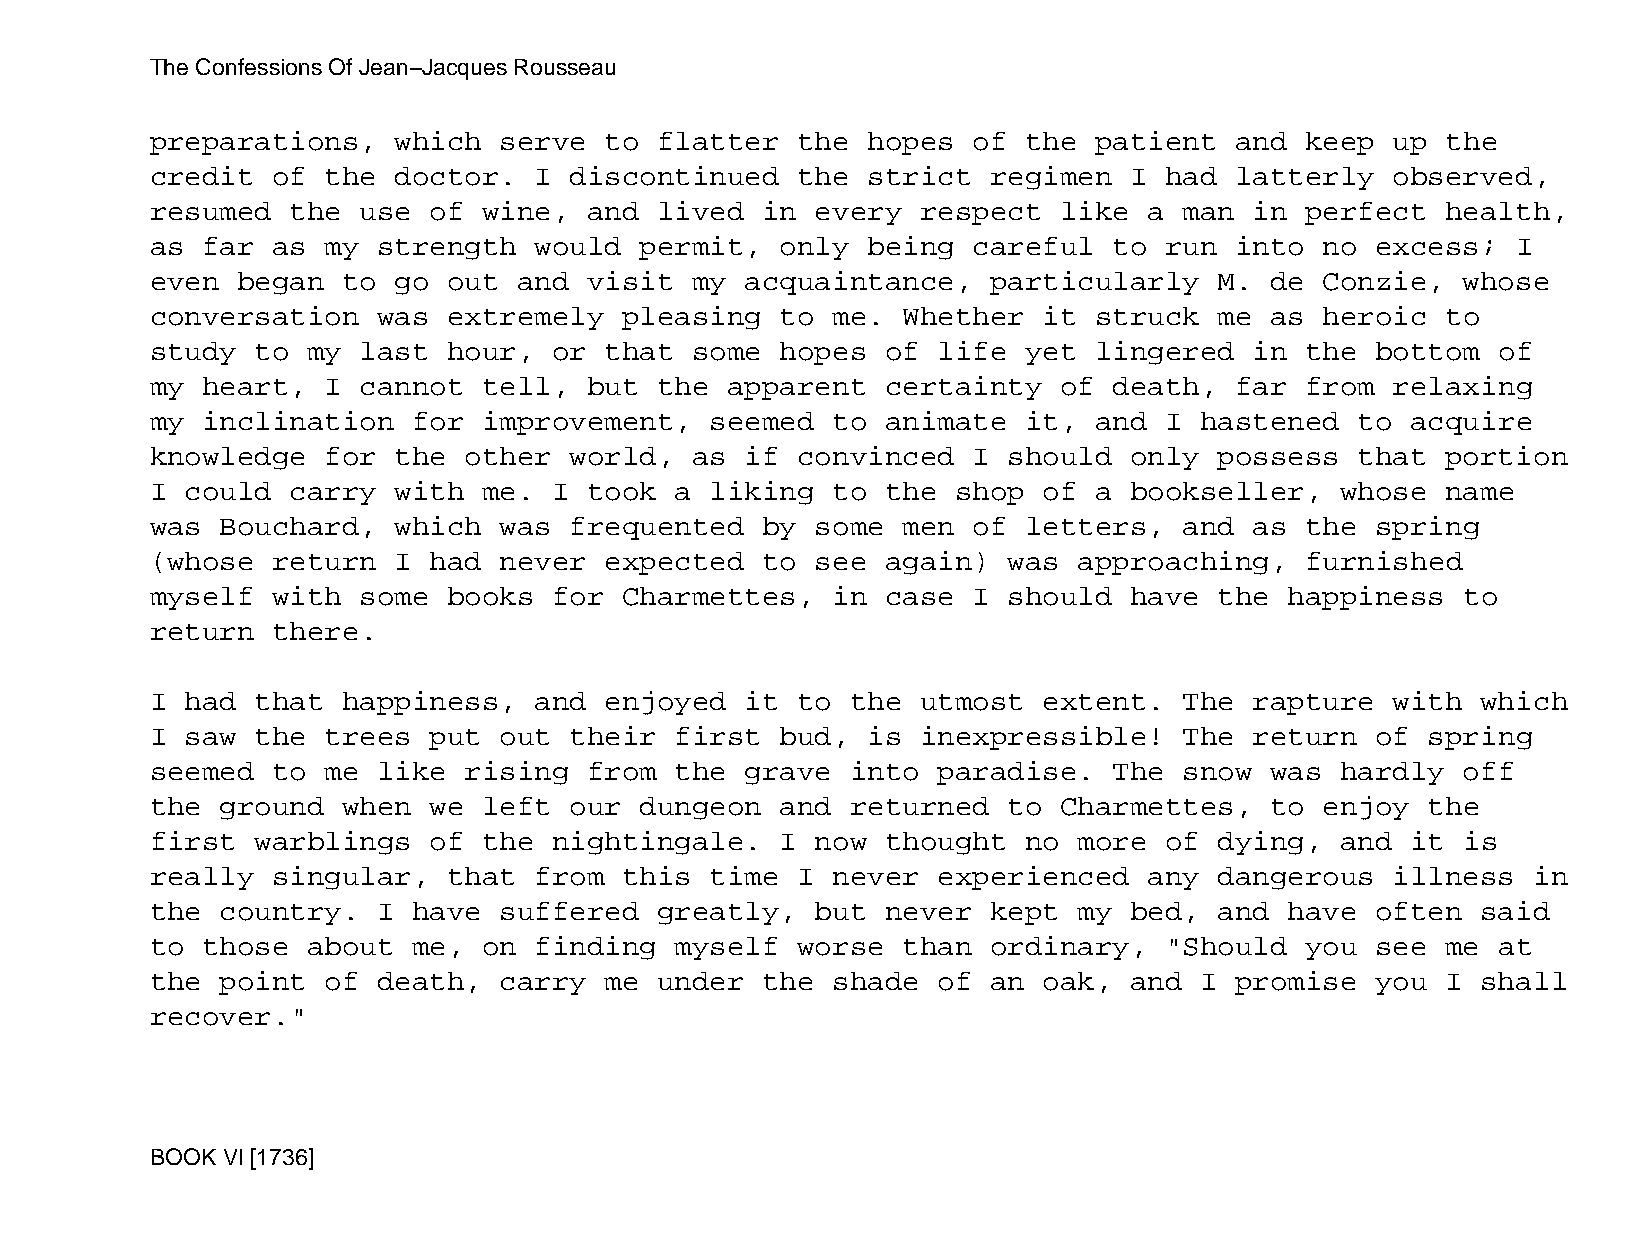
The Confessions Of Jean−Jacques Rousseau
 preparations,   which  serve  to  flatter  the hopes  of  the patient   and keep  up  the
 credit  of  the doctor.  I  discontinued   the strict   regimen  I had  latterly  observed,
 resumed  the  use of  wine,  and  lived in  every  respect  like  a man  in perfect   health,
 as far  as  my strength  would  permit,   only being  careful   to run  into  no excess;  I
 even  began  to go  out and  visit  my acquaintance,    particularly   M. de  Conzie,  whose
 conversation   was  extremely  pleasing   to me.  Whether  it struck   me as  heroic  to
 study  to my  last  hour,  or that  some  hopes  of life  yet lingered   in the  bottom  of
 my heart,   I cannot  tell,  but  the apparent   certainty  of  death,  far from  relaxing
 my inclination   for  improvement,   seemed  to  animate  it, and  I hastened   to acquire
 knowledge   for the  other  world,  as if  convinced  I  should  only  possess  that  portion
 I could  carry  with  me.  I took  a liking  to  the shop  of a  bookseller,   whose  name
 was  Bouchard,  which  was  frequented  by  some  men of  letters,  and  as the  spring
 (whose  return  I had  never  expected  to  see  again)  was approaching,   furnished
 myself  with  some  books  for Charmettes,   in  case I  should  have  the happiness   to
 return  there.
 I had  that  happiness,  and  enjoyed  it  to the  utmost  extent.  The  rapture  with  which
 I saw  the  trees put  out  their  first  bud, is  inexpressible!   The  return  of  spring
 seemed  to  me like  rising  from  the grave  into  paradise.   The snow  was  hardly  off
 the  ground  when we  left  our dungeon   and returned   to Charmettes,   to  enjoy  the
 first  warblings  of  the  nightingale.   I now  thought  no more  of  dying,  and it  is
 really  singular,   that from  this  time  I never  experienced   any  dangerous  illness  in
 the  country.  I have  suffered   greatly,  but  never  kept my  bed,  and have  often  said
 to those  about  me,  on finding   myself  worse  than  ordinary,  "Should  you  see  me at
 the  point  of death,  carry  me  under the  shade  of  an oak,  and I  promise  you  I shall
 recover."
 BOOK VI [1736]